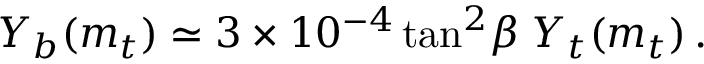
Y _ { b } ( m _ { t } ) \simeq 3 \times 1 0 ^ { - 4 } \tan ^ { 2 } \! \beta \; Y _ { t } ( m _ { t } ) \, .